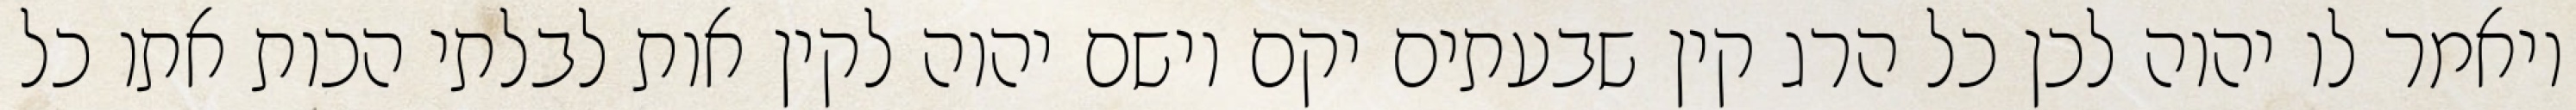
ויאמר לו יהוה לכן כל הרג קין שבעתים יקם וישם יהוה לקין אות לבלתי הכות אתו כל